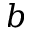
b